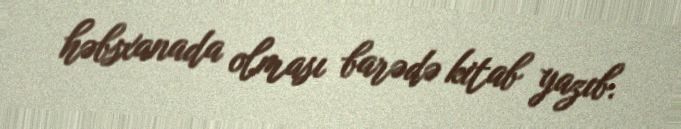
həbsxanada olması barədə kitab yazıb.